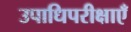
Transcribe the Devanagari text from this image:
उपाधिपरीक्षाएँ